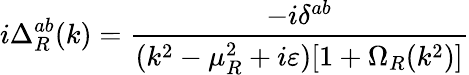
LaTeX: i\Delta_{R}^{ab}(k)=\frac{-i\delta^{ab}}{(k^{2}-\mu_{R}^{2}+i\varepsilon)[1+\Omega_{R}(k^{2})]}